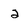
Character: 2